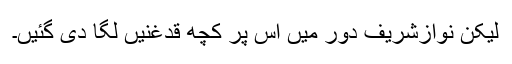
لیکن نوازشریف دور میں اس پر کچھ قدغنیں لگا دی گئیں۔